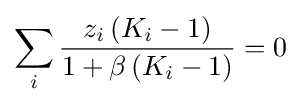
\sum _{i}{\frac {z_{i}\,(K_{i}-1)}{1+\beta \,(K_{i}-1)}}=0